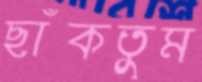
ছাঁকতুম